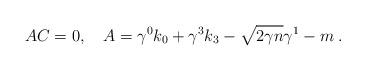
LaTeX: \begin{align*}AC=0,\quad A=\gamma ^{0}k_{0}+\gamma ^{3}k_{3}-\sqrt{2\gamma n}\gamma^{1}-m\;. \end{align*}